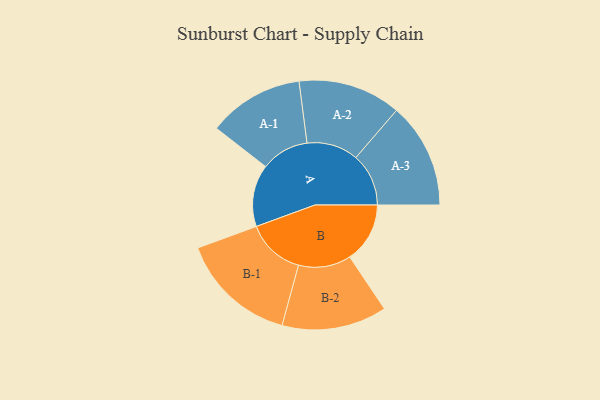
{"axis": {"x": "Segment", "y": "Value"}, "legend": ["", "A", "B"], "data": [{"x": "A", "y": 294, "type": ""}, {"x": "B", "y": 285, "type": ""}, {"x": "A-1", "y": 227, "type": "A"}, {"x": "A-2", "y": 244, "type": "A"}, {"x": "A-3", "y": 250, "type": "A"}, {"x": "B-1", "y": 277, "type": "B"}, {"x": "B-2", "y": 249, "type": "B"}]}